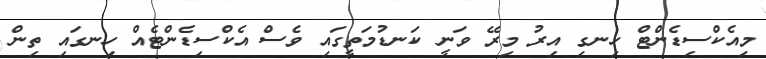
މިއެކްސިޑެންޓް ހިނގި އިރު މިރޭ ވަނީ ކަނޑުމަތީގައި ވެސް އެކްސިޑެންޓެއް ހިނގައި ތިން